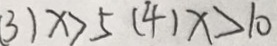
( 3 ) x > 5 ( 4 ) x > 1 0